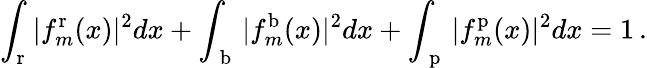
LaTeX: \int_{\mathrm{r}}|f_{m}^{\mathrm{r}}(x)|^{2}dx+\int_{\mathrm{~b~}}|f_{m}^{\mathrm{b}}(x)|^{2}dx+\int_{\mathrm{~p~}}|f_{m}^{\mathrm{p}}(x)|^{2}dx=1\, .